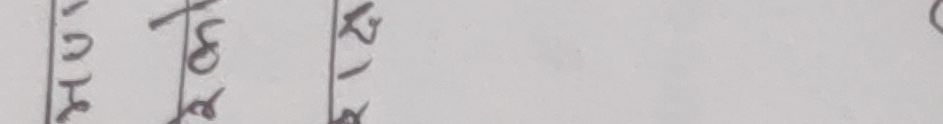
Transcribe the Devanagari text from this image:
हुँ तोर ११९